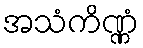
အသံကိဏ္ဏံ